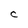
Character: C